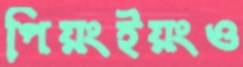
পিয়ংইয়ংও